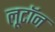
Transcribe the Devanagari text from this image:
लूटॉन